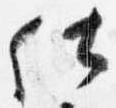
仕